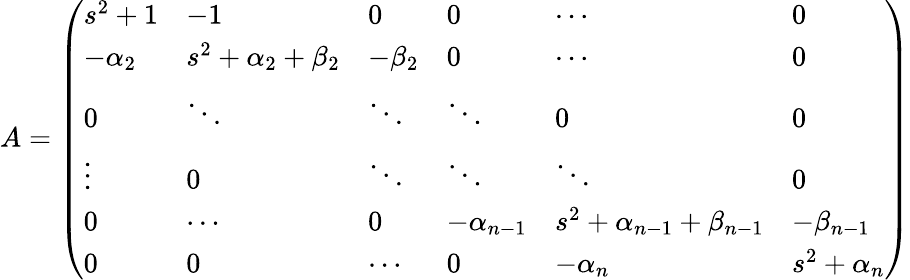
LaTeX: \begin{array}{r}{A=\left(\begin{array}{llllll}{s^{2}+1}&{-1}&{0}&{0}&{\cdots}&{0}\\ {-\alpha_{2}}&{s^{2}+\alpha_{2}+\beta_{2}}&{-\beta_{2}}&{0}&{\cdots}&{0}\\ {0}&{\ddots}&{\ddots}&{\ddots}&{0}&{0}\\ {\vdots}&{0}&{\ddots}&{\ddots}&{\ddots}&{0}\\ {0}&{\cdots}&{0}&{-\alpha_{n-1}}&{s^{2}+\alpha_{n-1}+\beta_{n-1}}&{-\beta_{n-1}}\\ {0}&{0}&{\cdots}&{0}&{-\alpha_{n}}&{s^{2}+\alpha_{n}}\end{array}\right)}\end{array}